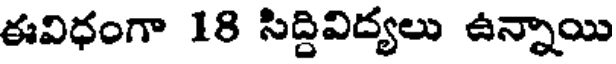
ఈవిధంగా 18 సిద్దివిద్యలు ఉన్నాయి